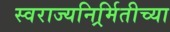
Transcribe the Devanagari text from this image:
स्वराज्यनिर्र्मितीच्या